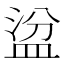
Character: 𥁳